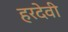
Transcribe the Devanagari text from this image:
हरदेवी